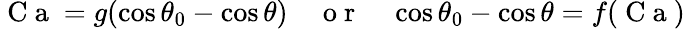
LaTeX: \mathrm{~C~a~}=g(\cos\theta_{0}-\cos\theta)\quad\mathrm{~o~r~}\quad\cos\theta_{0}-\cos\theta=f(\mathrm{~C~a~})